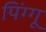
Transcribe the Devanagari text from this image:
पिंग्गू